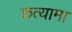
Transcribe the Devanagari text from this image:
कत्यामा